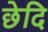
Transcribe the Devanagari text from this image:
छेदि